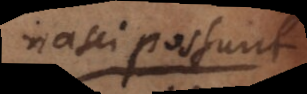
nasci possunt